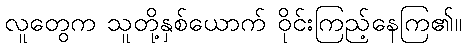
လူတွေက သူတို့နှစ်ယောက် ဝိုင်းကြည့်နေကြ၏။